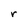
Character: r